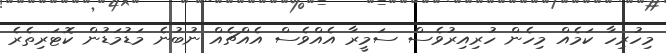
މިހުރިހާ ކަމެއް މިހެން ހުރިއިރުވެސް ސަމީރާ އެއްވެސް އެއްޗެއް ނުބުނެ މަޑުމަޑުން ކޮޓަރިތެރެ